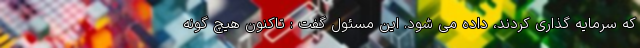
که سرمایه گذاری کردند، داده می شود. این مسئول گفت : تاکنون هیچ گونه